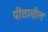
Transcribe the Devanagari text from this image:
पीठातील